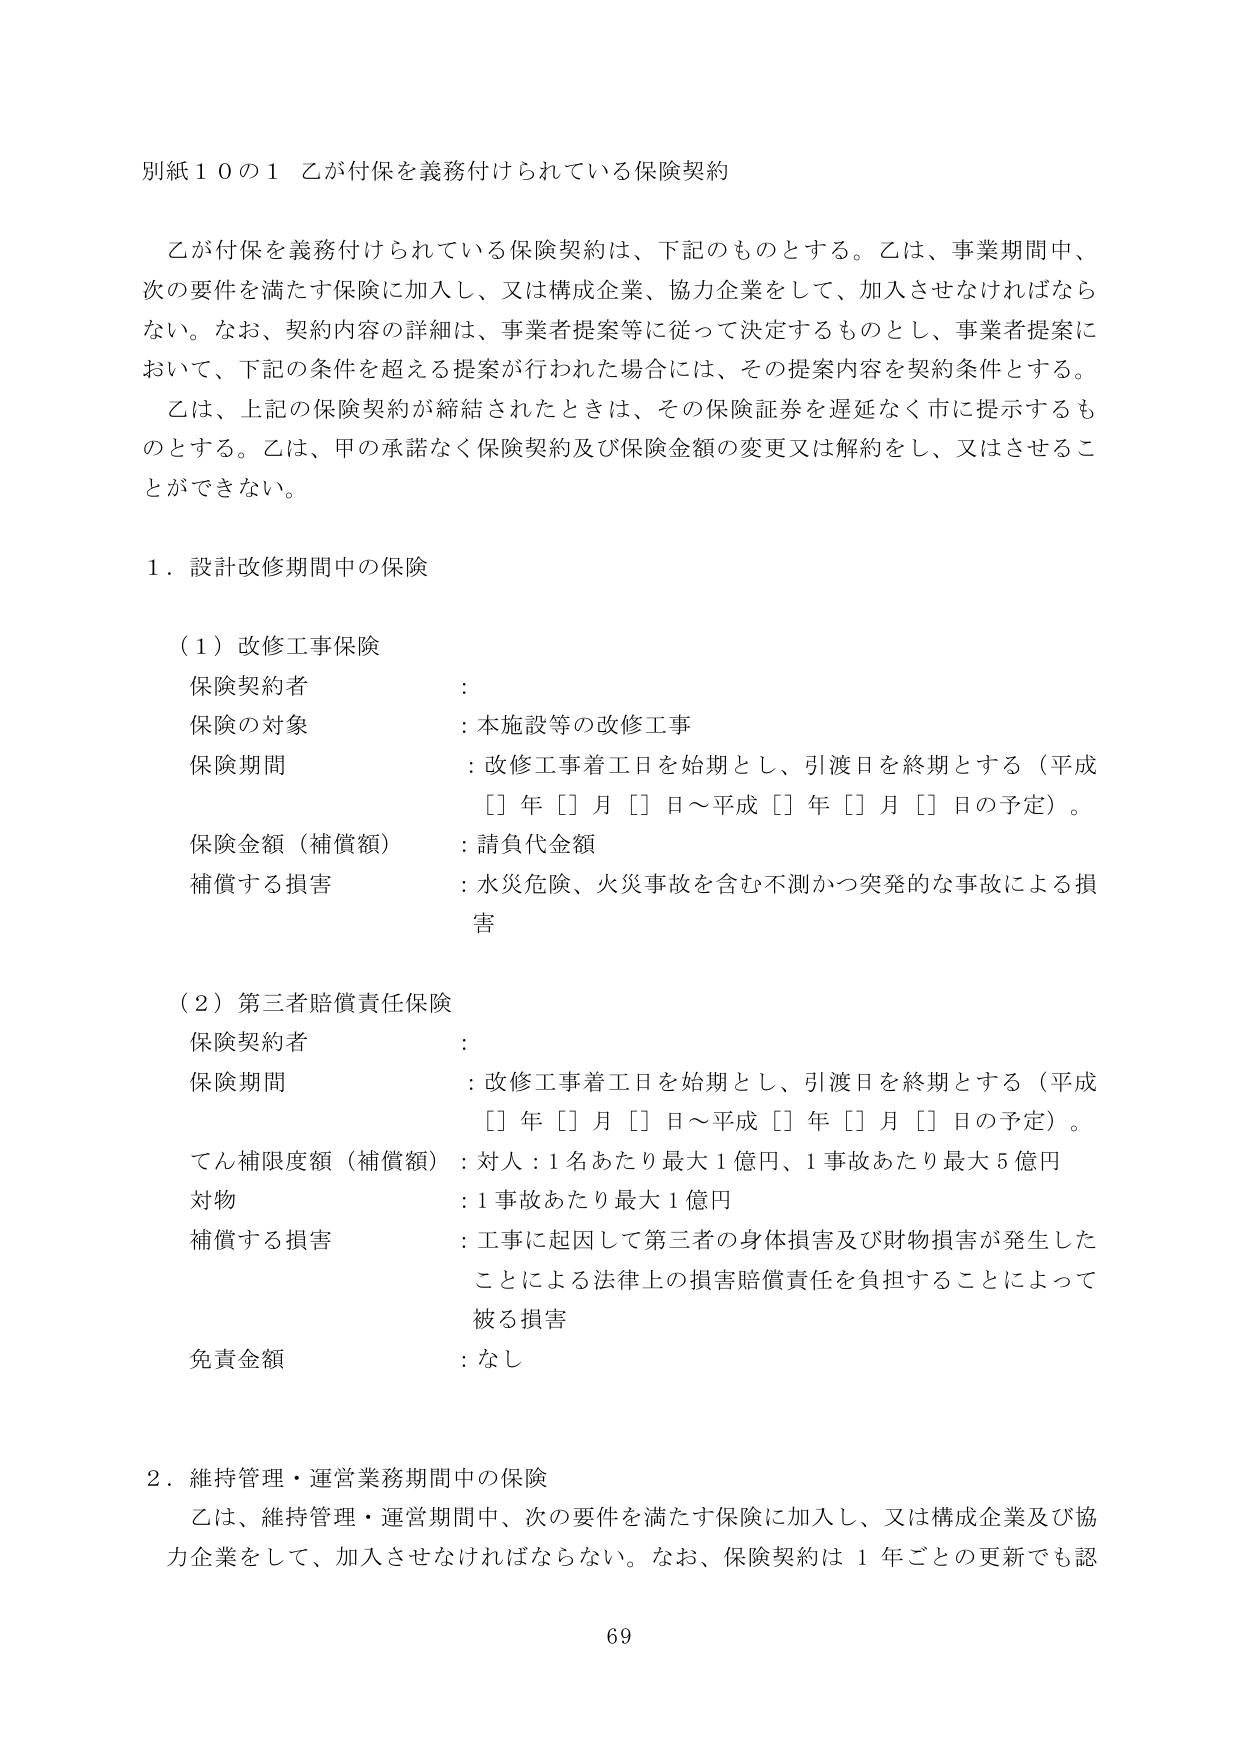
別紙１０の１ 乙が付保を義務付けられている保険契約

乙が付保を義務付けられている保険契約は、下記のものとする。乙は、事業期間中、次の要件を満たす保険に加入し、又は構成企業、協力企業をして、加入させなければならない。なお、契約内容の詳細は、事業者提案等に従って決定するものとし、事業者提案において、下記の条件を超える提案が行われた場合には、その提案内容を契約条件とする。

乙は、上記の保険契約が締結されたときは、その保険証券を遅延なく市に提示するものとする。乙は、甲の承諾なく保険契約及び保険金額の変更又は解約をし、又はさせることが出来ない。

１．設計改修期間中の保険

（１）改修工事保険
保険契約者 ：
保険の対象 ：本施設等の改修工事
保険期間 ：改修工事着工日を始期とし、引渡日を終期とする（平成［］年［］月［］日～平成［］年［］月［］日の予定）。
保険金額（補償額） ：請負代金額
補償する損害 ：水災危険、火災事故を含む不測かつ突発的な事故による損害

（２）第三者賠償責任保険
保険契約者 ：
保険期間 ：改修工事着工日を始期とし、引渡日を終期とする（平成［］年［］月［］日～平成［］年［］月［］日の予定）。
てん補限度額（補償額） ：対人：1名あたり最大1億円、1事故あたり最大5億円
対物 ：1事故あたり最大1億円
補償する損害 ：工事に起因して第三者の身体損害及び財物損害が発生したことによる法律上の損害賠償責任を負担することによって被る損害
免責金額 ：なし

２．維持管理・運営業務期間中の保険
乙は、維持管理・運営期間中、次の要件を満たす保険に加入し、又は構成企業及び協力企業をして、加入させなければならない。なお、保険契約は１年ごとの更新でも認

69